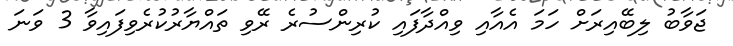
ޖަވާބު ލިބޭއިރަށް ހަމަ އެއާއި ވިއްދާފައި ކުރިންސުރެ ރޭވި ތައްޔާރުކުރެވިފައިވާ 3 ވަނަ